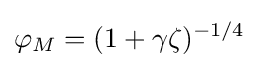
\varphi _{M}=(1+\gamma \zeta )^{-1/4}